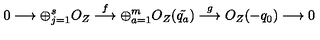
0 \longrightarrow \oplus _ { j = 1 } ^ { s } { O _ { Z } } \stackrel { f } { \longrightarrow } \oplus _ { a = 1 } ^ { m } { O _ { Z } ( \tilde { q _ { a } } ) } \stackrel { g } { \longrightarrow } O _ { Z } ( - q _ { 0 } ) \longrightarrow 0